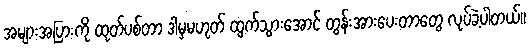
အများအပြားကို ထုတ်ပစ်တာ ဒါမှမဟုတ် ထွက်သွားအောင် တွန်းအားပေးတာတွေ လုပ်ခဲ့ပါတယ်။